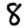
Digit: 8